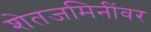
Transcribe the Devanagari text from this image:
शेतजमिनींवर